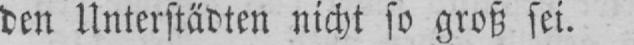
den Unterstädten nicht so groß sei.